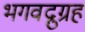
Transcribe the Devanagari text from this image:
भगवद्नुग्रह